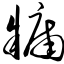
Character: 牖